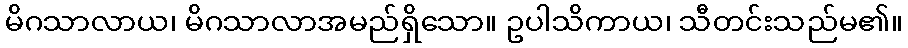
မိဂသာလာယ၊ မိဂသာလာအမည်ရှိသော။ ဥပါသိကာယ၊ သီတင်းသည်မ၏။